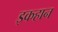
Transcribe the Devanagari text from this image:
इकहान